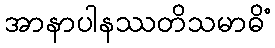
အာနာပါနဿတိသမာဓိံ